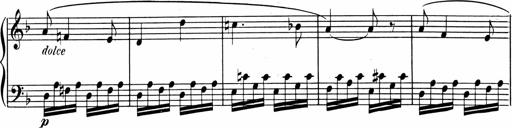
Title: 1Ã¨re Sonatine
Composer: FrÃ©dÃ©ric Binet